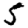
Digit: 5